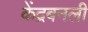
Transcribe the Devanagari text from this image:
केंद्रबनली